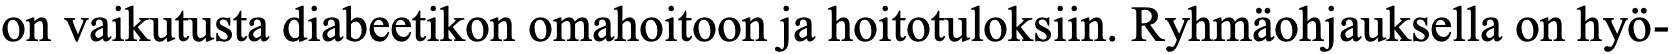
on vaikutusta diabeetikon omahoitoon ja hoitotuloksiin. Ryhmäohjauksella on hyö-